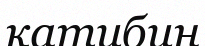
катибин